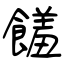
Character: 饈